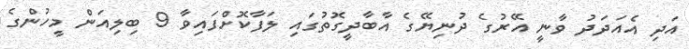
އަދި އެއަދަދު ވާނީ އޭރުގެ ދުނިޔޭގެ އާބާދީގޮތުގައި ލަފާކޮށްފައިވާ 9 ބިލިއަން މީހުންގެ